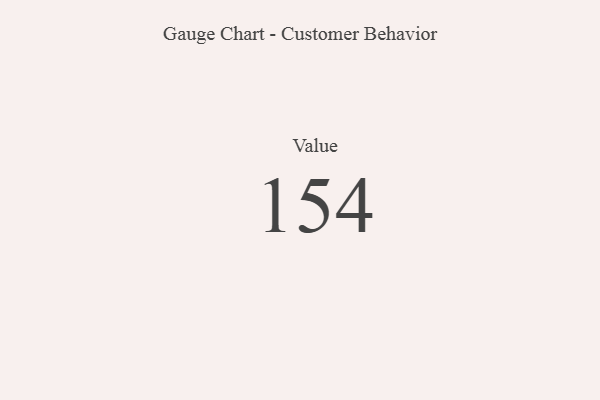
{"axis": {"x": "Metric", "y": "Value"}, "legend": [""], "data": [{"x": "Value", "y": 154, "type": ""}]}